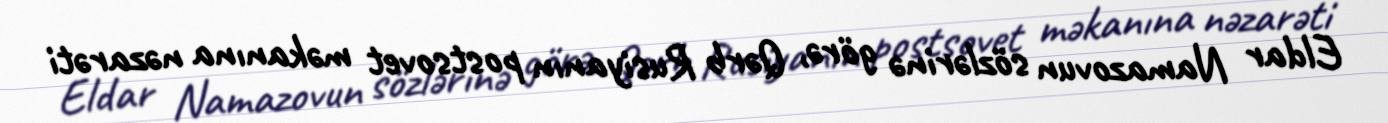
Eldar Namazovun sözlərinə görə, Qərb Rusiyanın postsovet məkanına nəzarəti